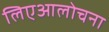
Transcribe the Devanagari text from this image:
लिएआलोचना